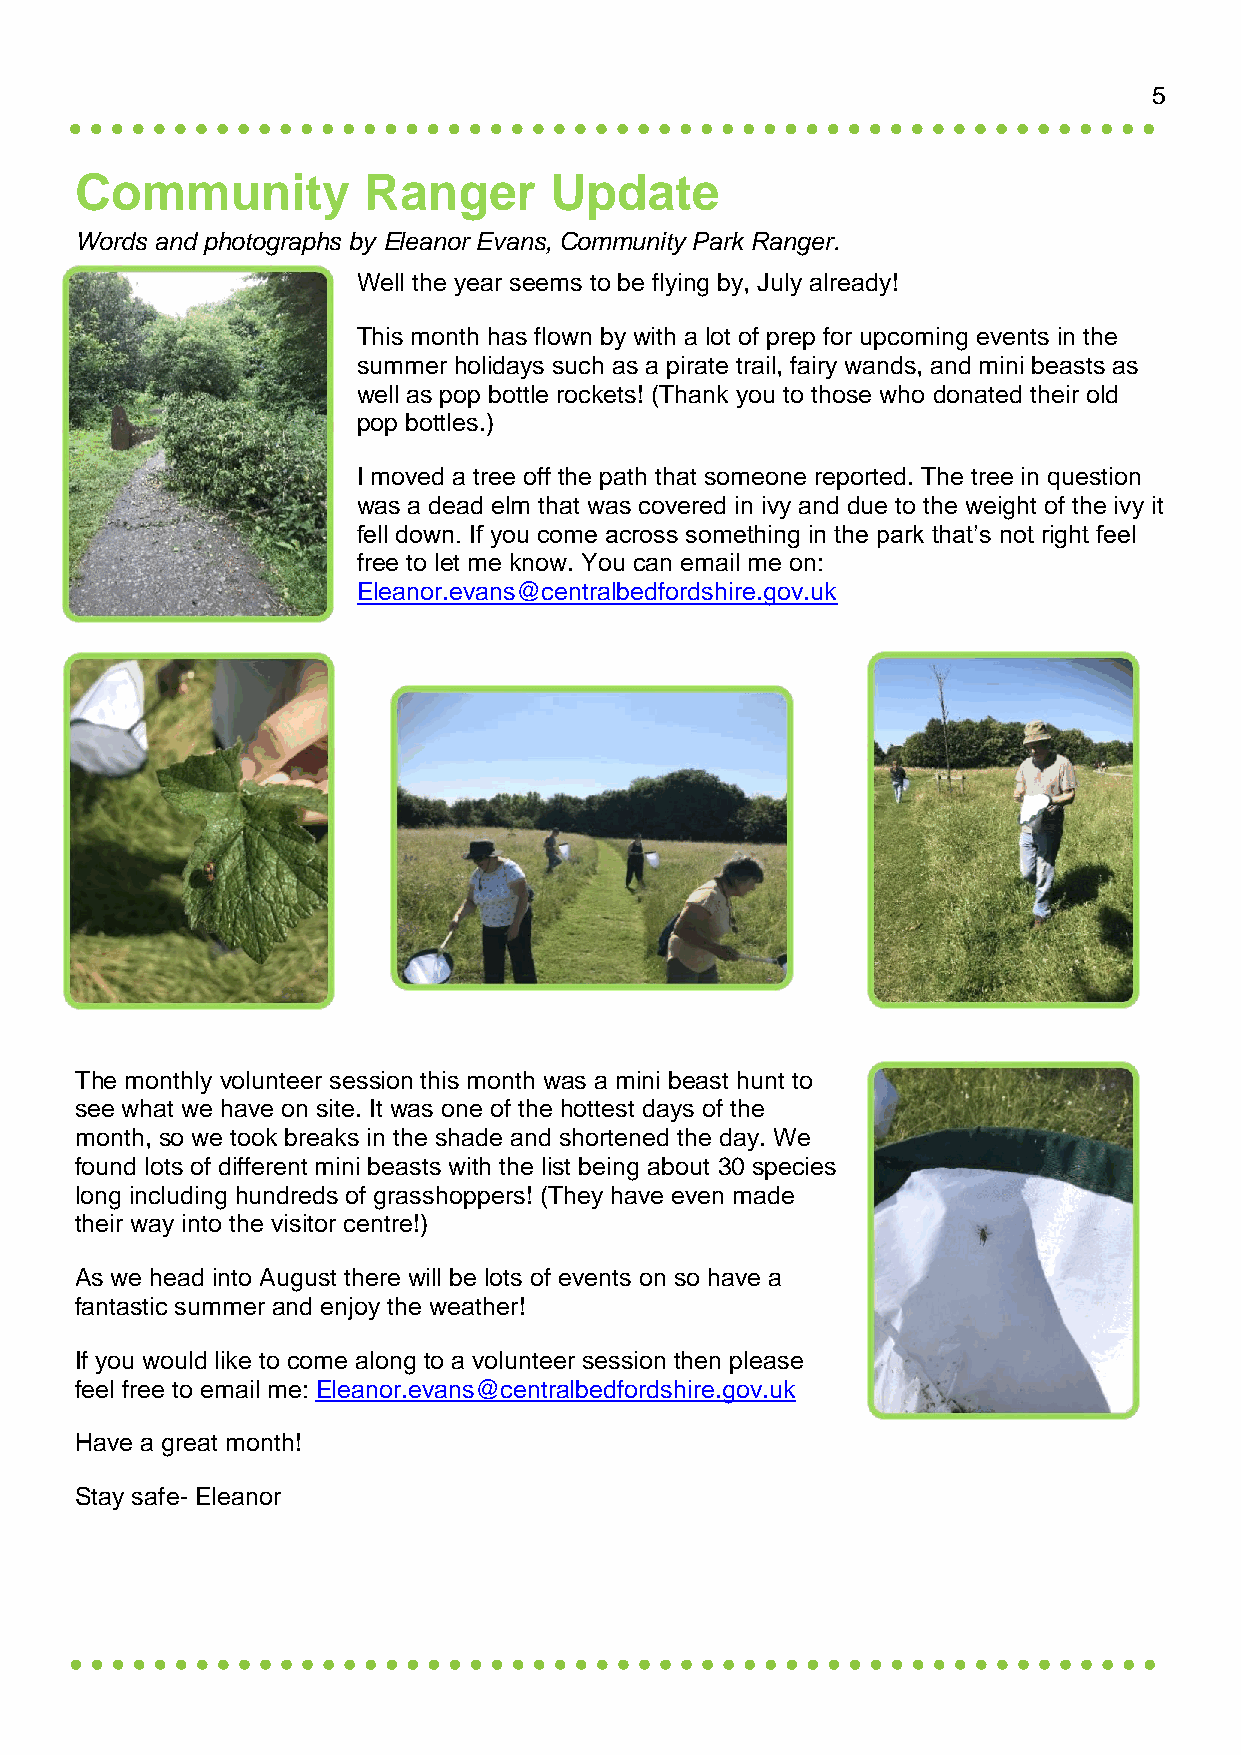
5
 Community          Ranger      Update
 Words and photographs by Eleanor Evans, Community Park Ranger.
 Well the year seems to be flying by, July already!
 This month has flown by with a lot of prep for upcoming events in the
 summer holidays such as a pirate trail, fairy wands, and mini beasts as
 well as pop bottle rockets! (Thank you to those who donated their old
 pop bottles.)
 I moved a tree off the path that someone reported. The tree in question
 was a dead elm that was covered in ivy and due to the weight of the ivy it
 fell down. If you come across something in the park that’s not right feel
 free to let me know. You can email me on:
 Eleanor.evans@centralbedfordshire.gov.uk
 The monthly volunteer session this month was a mini beast hunt to
 see what we have on site. It was one of the hottest days of the
 month, so we took breaks in the shade and shortened the day. We
 found lots of different mini beasts with the list being about 30 species
 long including hundreds of grasshoppers! (They have even made
 their way into the visitor centre!)
 As we head into August there will be lots of events on so have a
 fantastic summer and enjoy the weather!
 If you would like to come along to a volunteer session then please
 feel free to email me: Eleanor.evans@centralbedfordshire.gov.uk
 Have a great month!
 Stay safe- Eleanor